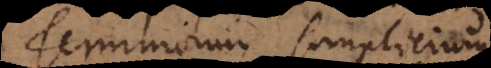
Terminorum simplicium.